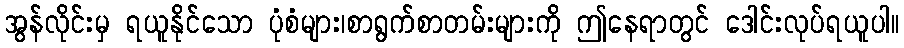
အွန်လိုင်းမှ ရယူနိုင်သော ပုံစံများ၊စာရွက်စာတမ်းများကို ဤနေရာတွင် ဒေါင်းလုပ်ရယူပါ။